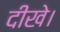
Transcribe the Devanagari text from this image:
दीखे।